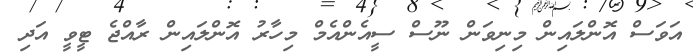
އަވަސް އޮންލައިން މިނިވަން ނޫސް ސީއެންއެމް މިހާރު އޮންލައިން ރާއްޖެ ޓީވީ އަދި